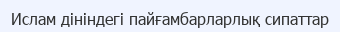
Ислам дініндегі пайғамбарларлық сипаттар